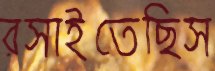
রসাইতেছিস